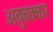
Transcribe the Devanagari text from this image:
अबुबक्कर